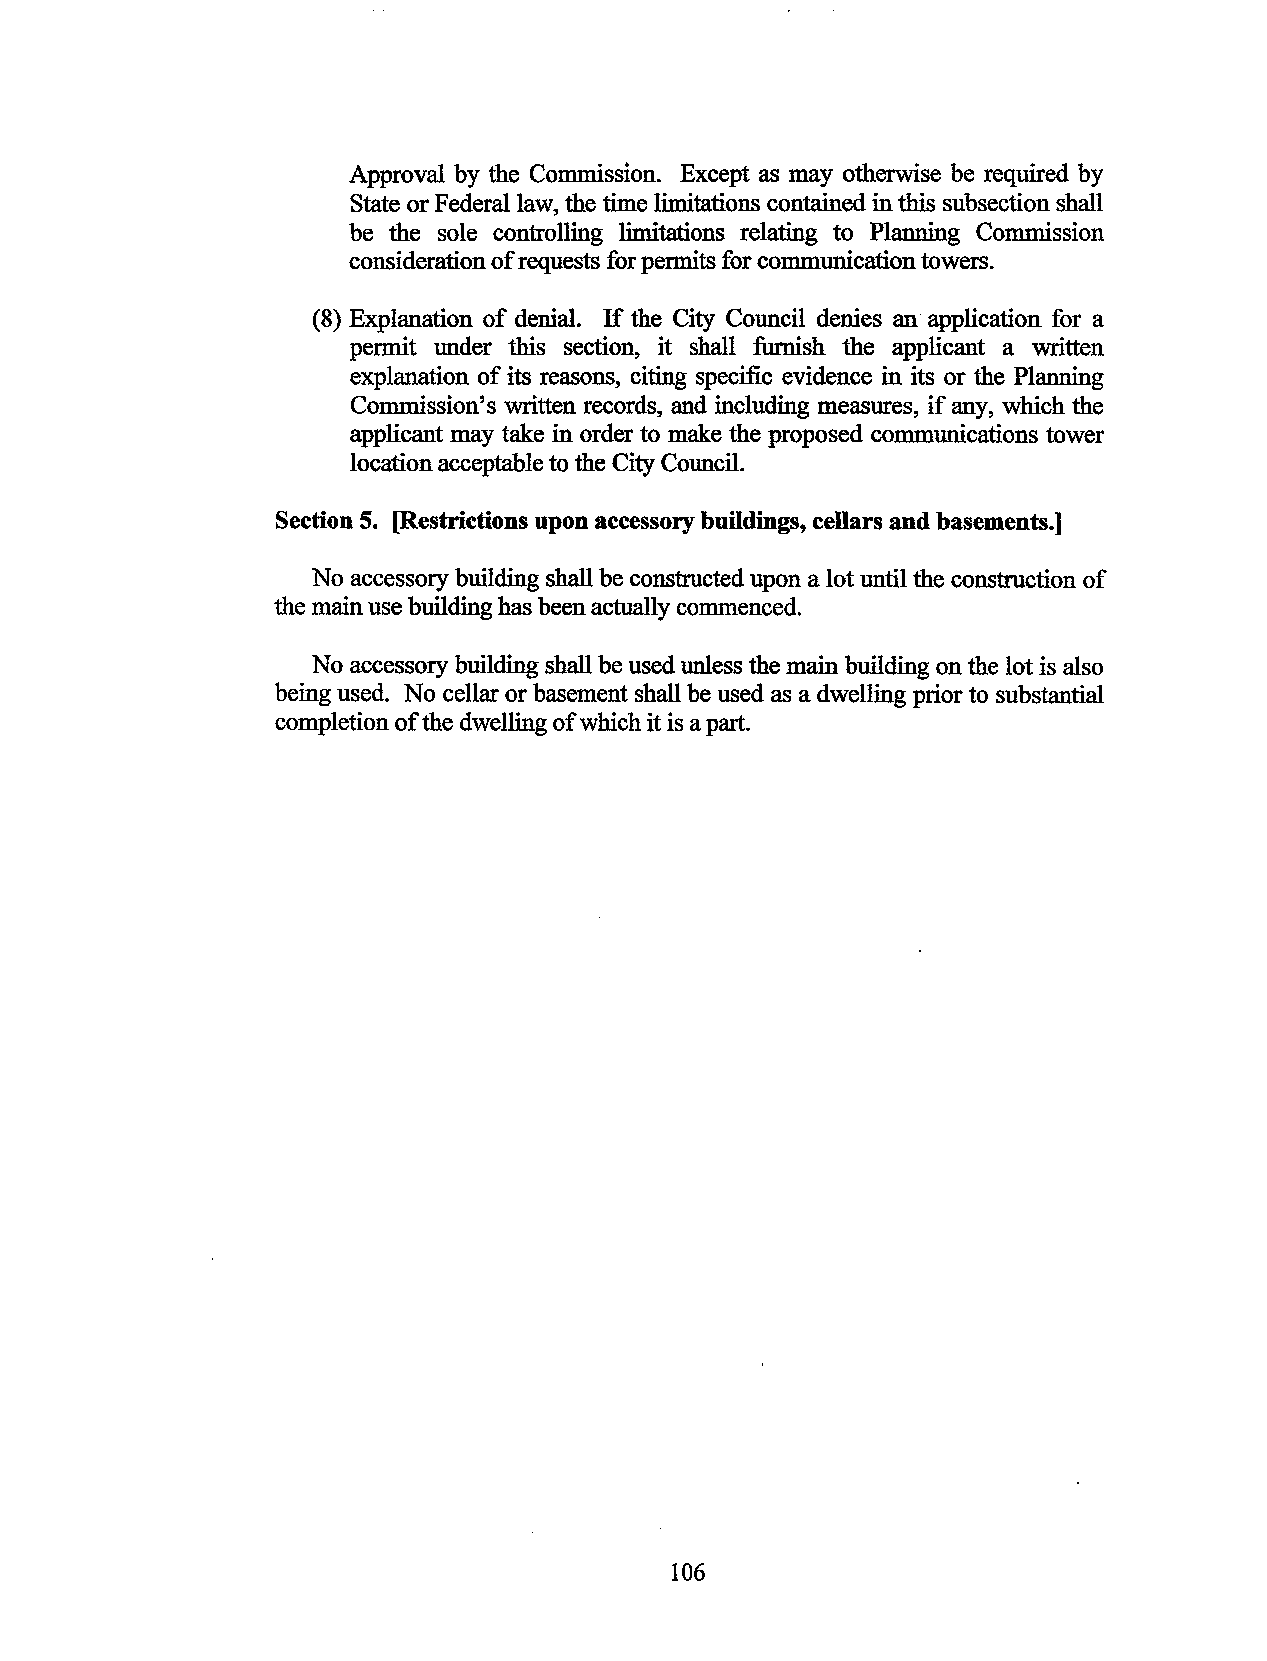
Approval by the Commission. Except as may otherwise be required by
 State or Federal law, the time limitations contained in this subsection shall
 be the sole controlling limitations relating to Planning Commission
 consideration of requests for permits for communication towers.
 (8) Explanation of denial. If the City Council denies an application for a
 permit under this section, it shall furnish the applicant a written
 explanation of its reasons, citing specific evidence in its or the Planning
 Commission's written records, and including measures, if any, which the
 applicant may take in order to make the proposed communications tower
 location acceptable to the City Council.
 Section 5. [Restrictions upon accessory buildings, cellars and basements.]
 No accessory building shall be constructed upon a lot until the construction of
 the main use building has been actually commenced.
 No accessory building shall be used unless the main building on the lot is also
 being used. No cellar or basement shall be used as a dwelling prior to substantial
 completion of the dwelling of which it is a part.
 106